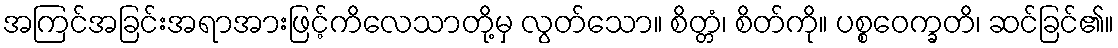
အကြင်အခြင်းအရာအားဖြင့်ကိလေသာတို့မှ လွတ်သော။ စိတ္တံ၊ စိတ်ကို။ ပစ္စဝေက္ခတိ၊ ဆင်ခြင်၏။